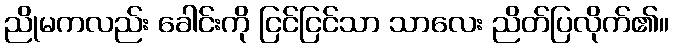
ညိုမကလည်း ခေါင်းကို ငြင်ငြင်သာ သာလေး ညိတ်ပြလိုက်၏။